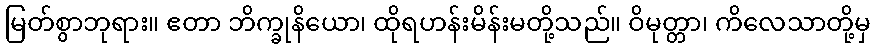
မြတ်စွာဘုရား။ ဧတာ ဘိက္ခုနိယော၊ ထိုရဟန်းမိန်းမတို့သည်။ ဝိမုတ္တာ၊ ကိလေသာတို့မှ